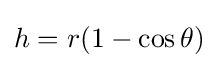
h=r(1-\cos \theta )